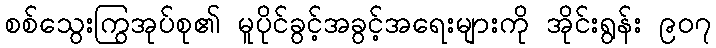
စစ်သွေးကြွအုပ်စု၏ မူပိုင်ခွင့်အခွင့်အရေးများကို အိုင်းရွန်း ၉၀၇